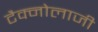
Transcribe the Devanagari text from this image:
टैक्नोलाजी